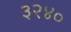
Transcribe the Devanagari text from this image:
३२४०